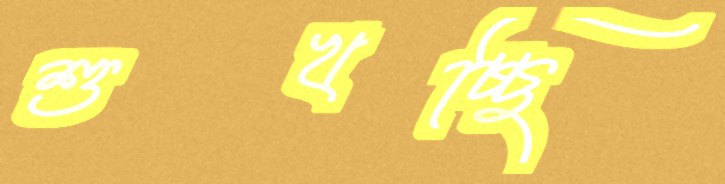
শুখচ্ছি